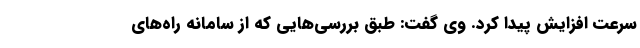
سرعت افزایش پیدا کرد. وی گفت: طبق بررسی‌هایی که از سامانه‌ راه‌های